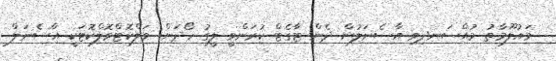
މައުލޫމާތު މުއްސަނދިވި އާސެނަލުން ދެން ޓާގެޓް ކުރަންވީ ލީގު ހޯދަން: ވަލްކޮޓްވޮލްކޮޓަކީ އާސެނަލް